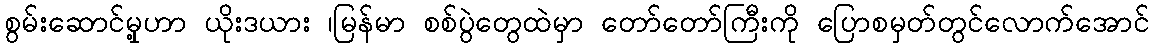
စွမ်းဆောင်မှု့ဟာ ယိုးဒယား ၊မြန်မာ စစ်ပွဲတွေထဲမှာ တော်တော်ကြီးကို ပြောစမှတ်တွင်လောက်အောင်